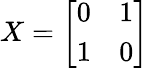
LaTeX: X={\left[\begin{array}{ll}{0}&{1}\\ {1}&{0}\end{array}\right]}